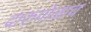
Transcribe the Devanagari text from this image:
दारुगोळाच